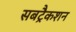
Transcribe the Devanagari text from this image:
सबट्रैकशन